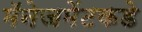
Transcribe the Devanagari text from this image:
मॅनेजमेंटकडे